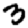
Digit: 3